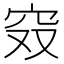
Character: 𰩄